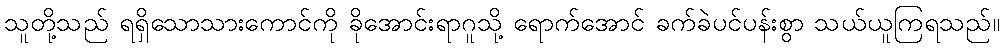
သူတို့သည် ရရှိသောသားကောင်ကို ခိုအောင်းရာဂူသို့ ရောက်အောင် ခက်ခဲပင်ပန်းစွာ သယ်ယူကြရသည်။